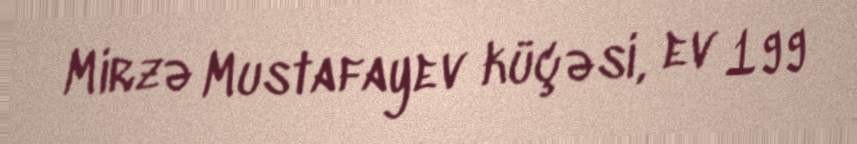
Mirzə Mustafayev küçəsi, ev 199